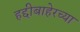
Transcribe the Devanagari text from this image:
हद्दीबाहेरच्या